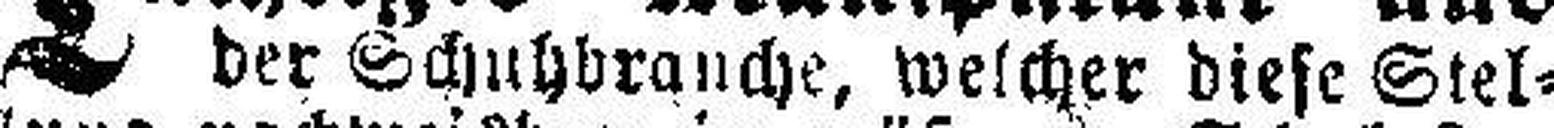
der Schuhbranche, welcher diese Stel¬